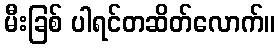
မီးခြစ် ပါရင်တဆိတ်လောက်။